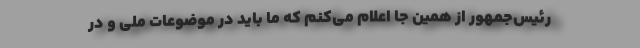
رئیس‌جمهور از همین جا اعلام می‌کنم که ما باید در موضوعات ملی و در